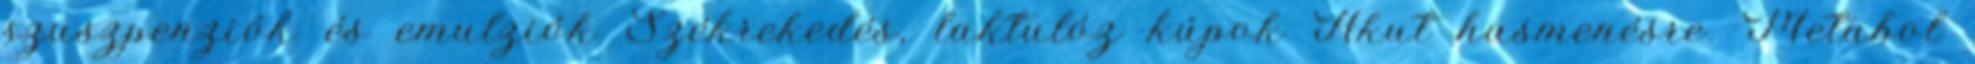
szuszpenziók és emulziók Székrekedés, laktulóz kúpok Akut hasmenésre. Metabol